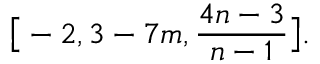
\big [ - 2 , 3 - 7 m , \frac { 4 n - 3 } { n - 1 } \big ] .